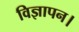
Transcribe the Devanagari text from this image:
विज्ञापन।